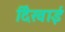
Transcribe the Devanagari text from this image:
र्दिखाई